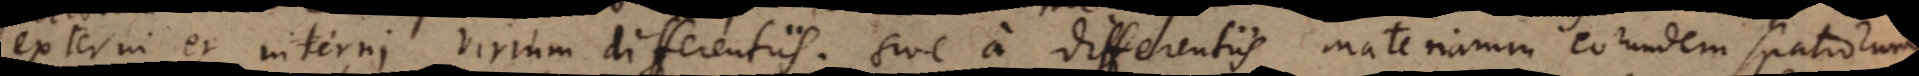
externi et interni virium differentiis. sive a differentiis materiarum eorundem spatiorum